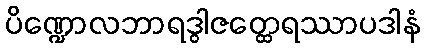
ပိဏ္ဍောလဘာရဒွါဇတ္ထေရဿာပဒါနံ